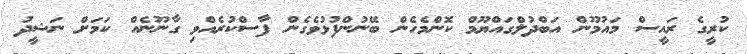
ކުރީގެ ރައީސް މައުމޫން އަބްދުލްގައްޔޫމް ކޮންމެހެން ބޭނުންފުޅުވެގެން ފާސްކުރެއްވި ގާނޫނެއް ކަމަށް ނަޝީދު